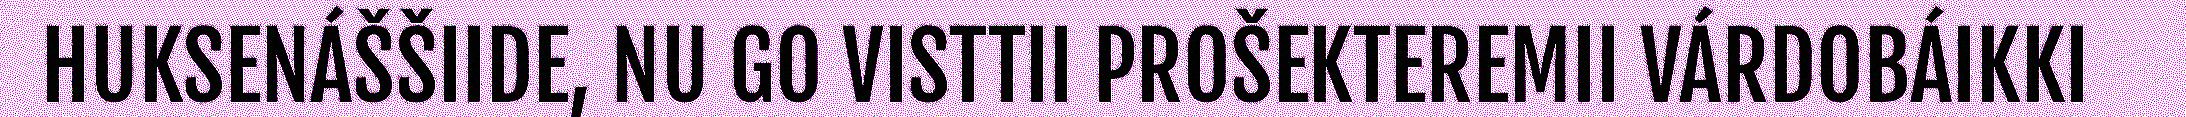
HUKSENÁŠŠIIDE, NU GO VISTTII PROŠEKTEREMII VÁRDOBÁIKKI